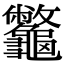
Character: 龞